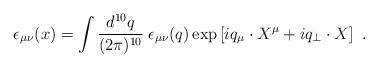
LaTeX: \begin{align*}\epsilon_{\mu \nu} (x) = \int \frac{d^{10} q}{(2 \pi)^{10}} \; \epsilon_{\mu \nu} (q) \exp \left[ i q_{\mu} \cdot X^{\mu} + i q_{\perp} \cdot X \right] \ .\end{align*}